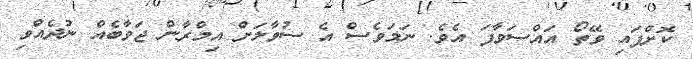
ކޮށްފައި ވޭތޯ އައްސަވާފަ އެވެ. ނަމަވެސް އެ ސުވާލަށް އިމްރާން ޖަވާބެއް ނުދެއްވި